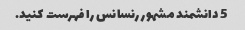
5 دانشمند مشهور رنسانس را فهرست کنید.